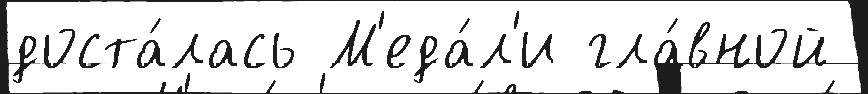
доста́лась М'еда́л'и гла́вной